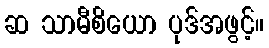
ဆ သာမီစိယော ပုဒ်အဖွင့်။